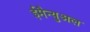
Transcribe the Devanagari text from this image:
ईमैन्युअल